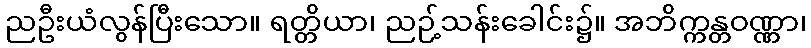
ညဦးယံလွန်ပြီးသော။ ရတ္တိယာ၊ ညဉ့်သန်းခေါင်း၌။ အဘိက္ကန္တဝဏ္ဏာ၊